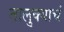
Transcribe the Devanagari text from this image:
तालुक्याचं